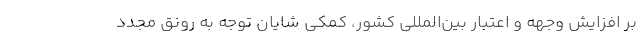
بر افزایش وجهه و اعتبار بین‌المللی کشور، کمکی شایان توجه به رونق مجدد